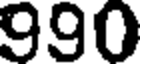
990